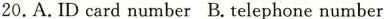
20.A.ID card number B.Telephone number